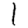
Digit: 1